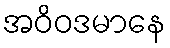
အဝိဝဒမာနေ